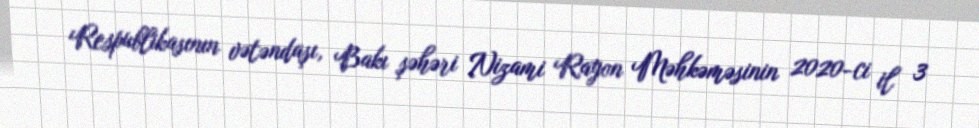
Respublikasının vətəndaşı, Bakı şəhəri Nizami Rayon Məhkəməsinin 2020-ci il 3